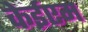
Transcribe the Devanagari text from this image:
केईएम